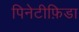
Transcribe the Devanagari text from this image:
पिनेटीफ़िडा